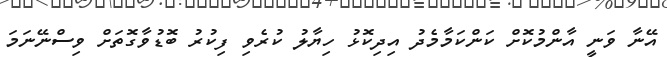
އޭނާ ވަނީ އާންމުކޮށް ކަންކަމާމެދު އިދިކޮޅު ހިޔާލު ކުރެވި ފިކުރު ބޮޑުވާގޮތަށް ވިސްނޭނަމަ